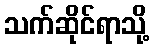
သက်ဆိုင်ရာသို့